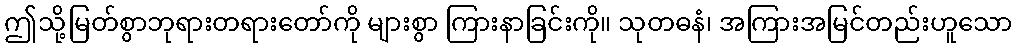
ဤသို့မြတ်စွာဘုရားတရားတော်ကို များစွာ ကြားနာခြင်းကို။ သုတဓနံ၊ အကြားအမြင်တည်းဟူသော